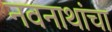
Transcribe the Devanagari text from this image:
नवनाथांचा